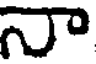
నా